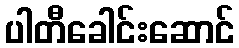
ပါတီခေါင်းဆောင်